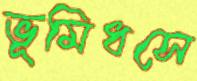
ভূমিধসে